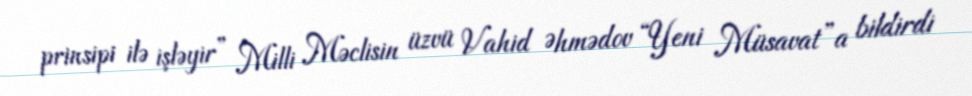
prinsipi ilə işləyir” Milli Məclisin üzvü Vahid Əhmədov “Yeni Müsavat”a bildirdi